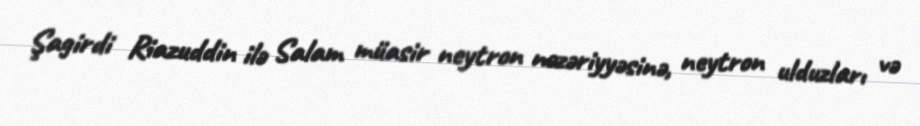
Şagirdi Riazuddin ilə Salam müasir neytron nəzəriyyəsinə, neytron ulduzları və